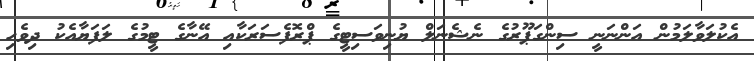
އެކުލަވާލަމުން އަންނަނީ ސިންގަޕޫރުގެ ނެޝެނަލް ޔުނިވަސިޓީގެ ޕްރޮފެސަރަކާއި އޭނާގެ ޓީމުގެ ލަފަޔާއެކު ދިވެހި